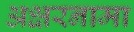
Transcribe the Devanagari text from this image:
अक्षरनामा